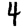
Digit: 4